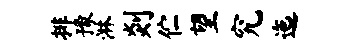
排豫淋剡伫望究迤